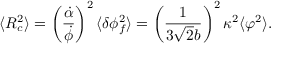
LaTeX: \langle { \cal R } _ { c } ^ { 2 } \rangle = \left( \frac { \dot { \alpha } } { \dot { \phi } } \right) ^ { 2 } \langle \delta \phi _ { f } ^ { 2 } \rangle = \left( \frac { 1 } { 3 \sqrt { 2 } b } \right) ^ { 2 } \kappa ^ { 2 } \langle \varphi ^ { 2 } \rangle .